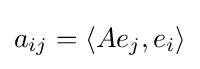
a_{ij}=\langle Ae_{j},e_{i}\rangle